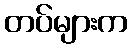
တပ်များက